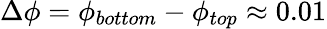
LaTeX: \Delta\phi=\phi_{bottom}-\phi_{top}\approx 0.01